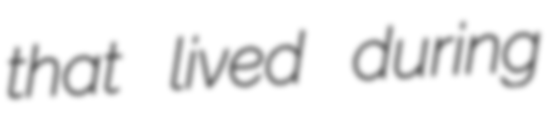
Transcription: that lived during